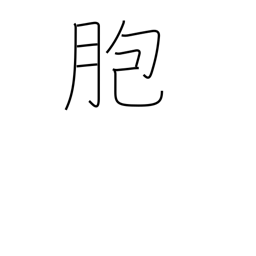
Meaning: sheath